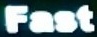
Fast